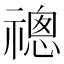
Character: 𬓔